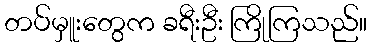
တပ်မှူးတွေက ခရီးဦး ကြိုကြသည်။